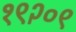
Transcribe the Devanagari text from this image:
१९२०९